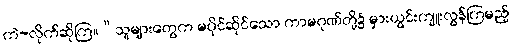
ကဲ-လိုက်ဆိုကြ။“သူများတွေက မပိုင်ဆိုင်သော ကာမဂုဏ်တို့၌ မှားယွင်းကျူးလွန်ကြမည့်